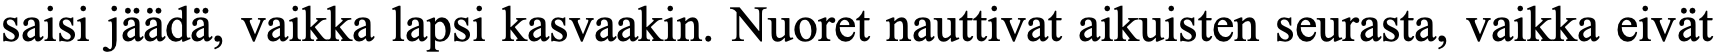
saisi jäädä, vaikka lapsi kasvaakin. Nuoret nauttivat aikuisten seurasta, vaikka eivät